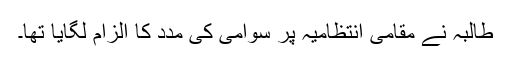
طالبہ نے مقامی انتظامیہ پر سوامی کی مدد کا الزام لگایا تھا۔